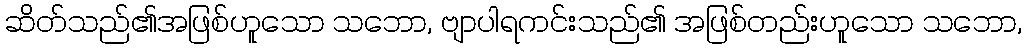
ဆိတ်သည်၏အဖြစ်ဟူသော သဘော, ဗျာပါရကင်းသည်၏ အဖြစ်တည်းဟူသော သဘော,